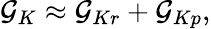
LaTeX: {\cal G}_{K}\approx{\cal G}_{Kr}+{\cal G}_{Kp},